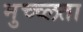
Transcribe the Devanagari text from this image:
मुच्च्लता